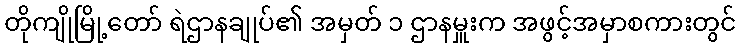
တိုကျိုမြို့တော် ရဲဌာနချုပ်၏ အမှတ် ၁ ဌာနမှူးက အဖွင့်အမှာစကားတွင်